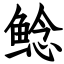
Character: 鲶